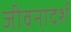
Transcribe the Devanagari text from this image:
जीवनादर्श